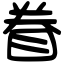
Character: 眷